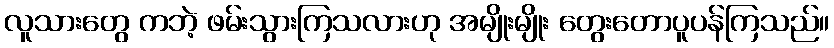
လူသားတွေ ကဘဲ့ ဖမ်းသွားကြသလားဟု အမျိုးမျိုး တွေးတောပူပန်ကြသည်။